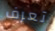
تعرف